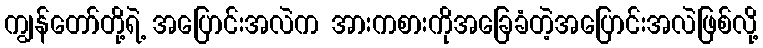
ကျွန်တော်တို့ရဲ့ အပြောင်းအလဲက အားကစားကိုအခြေခံတဲ့အပြောင်းအလဲဖြစ်လို့